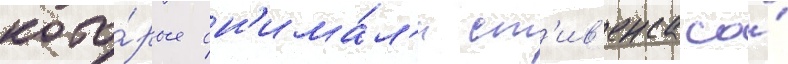
кото́рые сн'има́л'и ст'ив'енса со́